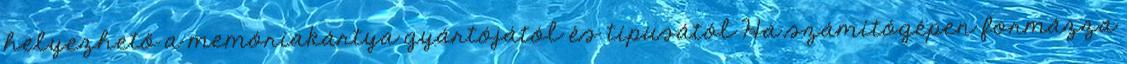
helyezhető a memóriakártya gyártójától és típusától Ha számítógépen formázza